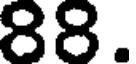
88.